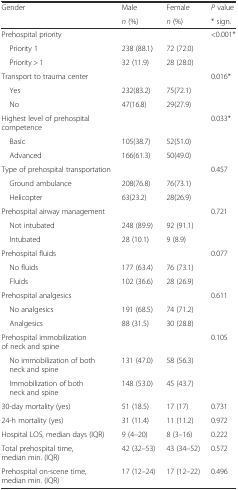
| <ROWSPAN=2> Gender | Male | Female | P value |
 | n (%) | n (%) | * sign. |
 | --- | --- | --- | --- |
 | Prehospital priority |  |  | <0.001* |
 | Priority 1 | 238 (88.1) | 72 (72.0) |  |
 | Priority > 1 | 32 (11.9) | 28 (28.0) |  |
 | Transport to trauma center |  |  | 0.016* |
 | Yes | 232(83.2) | 75(72.1) |  |
 | No | 47(16.8) | 29(27.9) |  |
 | Highest level of prehospital competence |  |  | 0.033* |
 | Basic | 105(38.7) | 52(51.0) |  |
 | Advanced | 166(61.3) | 50(49.0) |  |
 | Type of prehospital transportation |  |  | 0.457 |
 | Ground ambulance | 208(76.8) | 76(73.1) |  |
 | Helicopter | 63(23.2) | 28(26.9) |  |
 | Prehospital airway management |  |  | 0.721 |
 | Not intubated | 248 (89.9) | 92 (91.1) |  |
 | Intubated | 28 (10.1) | 9 (8.9) |  |
 | Prehospital fluids |  |  | 0.077 |
 | No fluids | 177 (63.4) | 76 (73.1) |  |
 | Fluids | 102 (36.6) | 28 (26.9) |  |
 | Prehospital analgesics |  |  | 0.611 |
 | No analgesics | 191 (68.5) | 74 (71.2) |  |
 | Analgesics | 88 (31.5) | 30 (28.8) |  |
 | Prehospital immobilization of neck and spine |  |  | 0.105 |
 | No immobilization of both neck and spine | 131 (47.0) | 58 (56.3) |  |
 | Immobilization of both neck and spine | 148 (53.0) | 45 (43.7) |  |
 | 30-day mortality (yes) | 51 (18.5) | 17 (17) | 0.731 |
 | 24-h mortality (yes) | 31 (11.4) | 11 (11.2) | 0.972 |
 | Hospital LOS, median days (IQR) | 9 (4–20) | 8 (3–16) | 0.222 |
 | Total prehospital time, median min. (IQR) | 42 (32–53) | 43 (34–52) | 0.572 |
 | Prehospital on-scene time, median min. (IQR) | 17 (12–24) | 17 (12–22) | 0.496 |